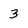
Character: 3